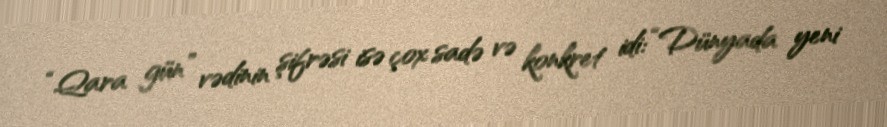
“Qara gün” vədinin şifrəsi isə çox sadə və konkret idi: “Dünyada yeni